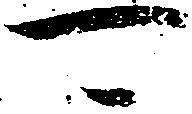
可